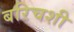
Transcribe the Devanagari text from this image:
बरिचशी